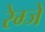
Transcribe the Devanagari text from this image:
रेम्जे